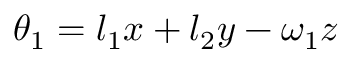
\theta _ { 1 } = l _ { 1 } x + l _ { 2 } y - \omega _ { 1 } z